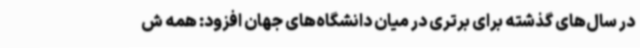
در سال‌های گذشته برای برتری در میان دانشگاه‌های جهان افزود: همه ش